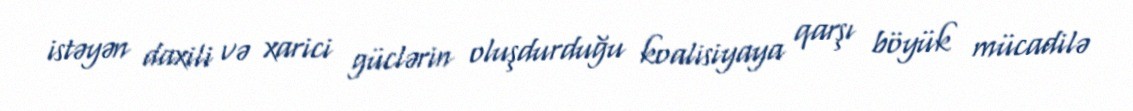
istəyən daxili və xarici güclərin oluşdurduğu koalisiyaya qarşı böyük mücadilə